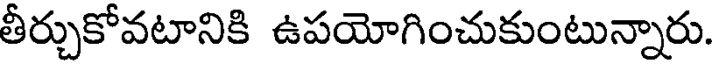
తీర్చుకోవటానికి ఉపయోగించుకుంటున్నారు.